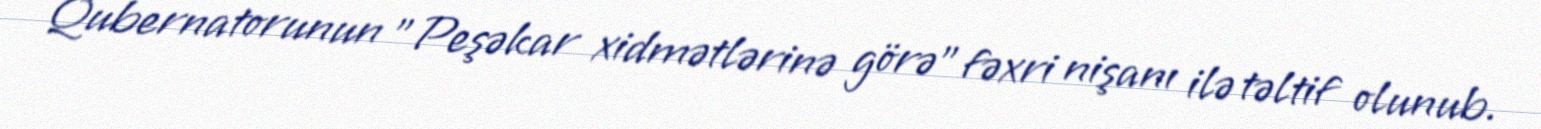
Qubernatorunun "Peşəkar xidmətlərinə görə" fəxri nişanı ilə təltif olunub.